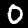
Label: 0